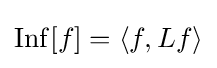
\operatorname {Inf} [f]=\langle f,Lf\rangle